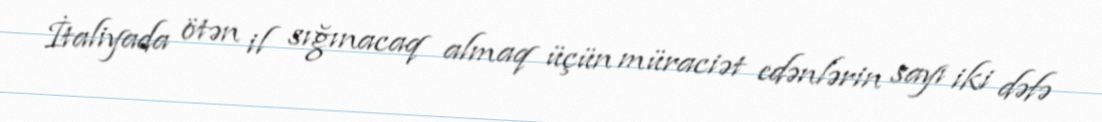
İtaliyada ötən il sığınacaq almaq üçün müraciət edənlərin sayı iki dəfə